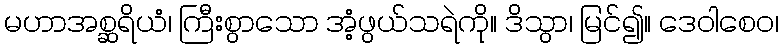
မဟာအစ္ဆရိယံ၊ ကြီးစွာသော အံ့ဖွယ်သရဲကို။ ဒိသွာ၊ မြင်၍။ ဒေဝါစေဝ၊